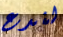
لندع